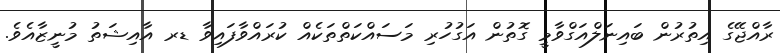
ރާއްޖޭގެ އިތުރުން ބައިނަލްއަގްވާމީ ގޮތުން އަގުހުރި މަސައްކަތްތަކެއް ކުރައްވާފައިވާ ޑރ އާއިޝަތު މުނީޒާއެވެ.